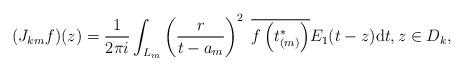
LaTeX: \begin{align*} (J_{km}f)(z)=\frac{1}{2\pi i} \int_{L_m} \left(\frac{r}{t-a_m}\right)^2\;\overline{f\left(t_{(m)}^*\right)}E_1(t-z) \textrm{d}t, z\in D_k,\end{align*}